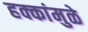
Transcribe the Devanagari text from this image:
हक्कांमुळे